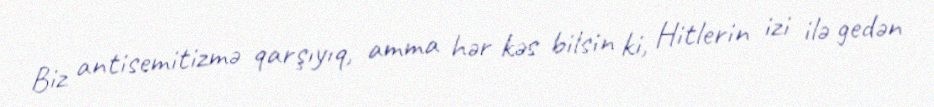
Biz antisemitizmə qarşıyıq, amma hər kəs bilsin ki, Hitlerin izi ilə gedən